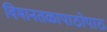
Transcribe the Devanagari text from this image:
विमानतळापाठोपाठ